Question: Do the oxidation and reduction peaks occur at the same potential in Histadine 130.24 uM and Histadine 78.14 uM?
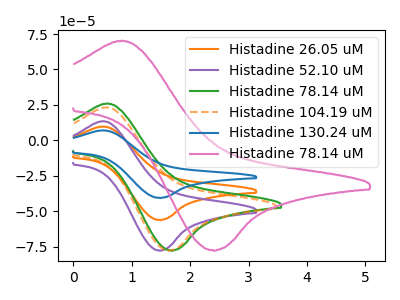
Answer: <think>The orange curve "Histadine 26.05 uM" has an anodic peak at (0.50V, 9.75uA) and a cathodic peak at (1.50V, -56.10uA). The purple curve "Histadine 52.10 uM" has an anodic peak at (0.50V, 13.50uA) and a cathodic peak at (1.50V, -77.65uA). The green curve "Histadine 78.14 uM" has an anodic peak at (0.60V, 26.00uA) and a cathodic peak at (1.70V, -77.60uA). The orange dashed curve "Histadine 104.19 uM" has an anodic peak at (0.55V, 23.30uA) and a cathodic peak at (1.65V, -77.60uA). The blue curve "Histadine 130.24 uM" has an anodic peak at (0.50V, 19.55uA) and a cathodic peak at (1.50V, -112.20uA). The pink curve "Histadine 78.14 uM" has an anodic peak at (0.85V, 70.30uA) and a cathodic peak at (2.40V, -77.50uA).</think>
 <answer>No, "Histadine 130.24 uM" and "Histadine 78.14 uM" have at least one peak that does not match.</answer>
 <eval>mismatch</eval>